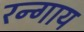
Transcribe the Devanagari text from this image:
रन्गाय